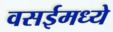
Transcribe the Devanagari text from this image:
वसईमध्ये